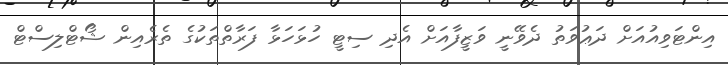
އިންޓަވިއުއަށް ދަޢުވަތު ދެވޭނީ ވަޒީފާއަށް އެދި ސިޓީ ހުޅަހަޅާ ފަރާތްތަކުގެ ތެރެއިން ޝޯޓްލިސްޓް